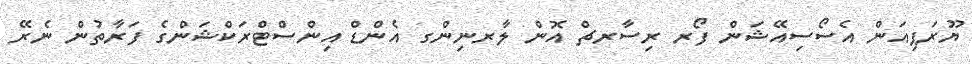
ޔޫރަޕިއަން އެސޯސިއޭޝަން ފޯރ ރިސާރޗް އޮން ލާރނިންގ އެންޑް އިންސްޓްރަކްޝަންގެ ފަރާތުން ނެރޭ